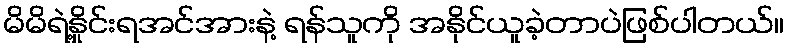
မိမိရဲ့နှိုင်းရအင်အားနဲ့ ရန်သူကို အနိုင်ယူခဲ့တာပဲဖြစ်ပါတယ်။